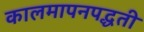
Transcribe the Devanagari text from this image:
कालमापनपद्धती